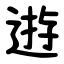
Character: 逰